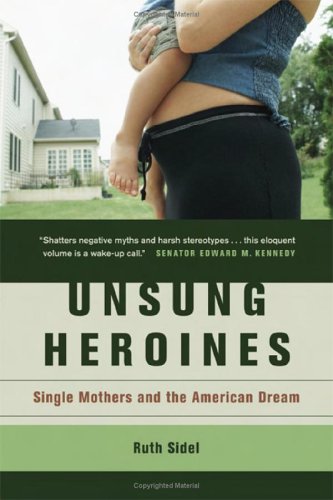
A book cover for Unsung Heroines: Single Mothers and the American Dream; Ruth Sidel; Parenting & Relationships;